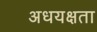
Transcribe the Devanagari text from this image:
अधयक्षता